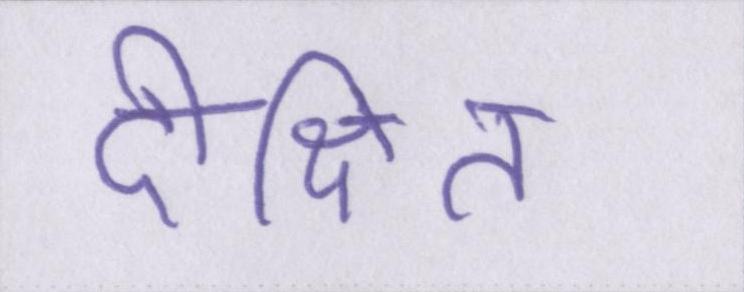
दीक्षित